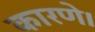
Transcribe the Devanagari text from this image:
कारणे।